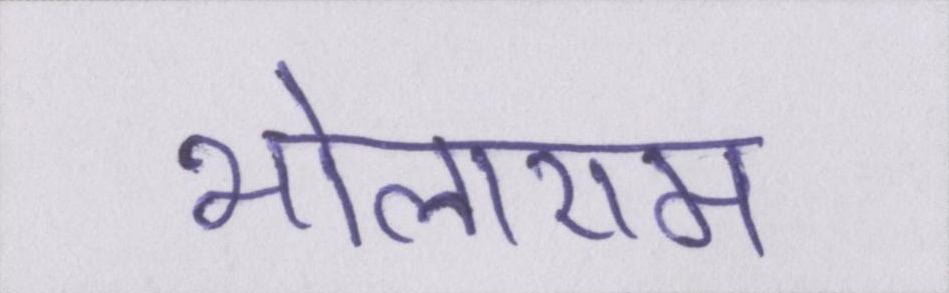
भोलाराम